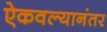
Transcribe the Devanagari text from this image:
ऐकवल्यानंतर